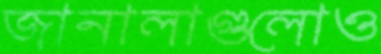
জানালাগুলোও